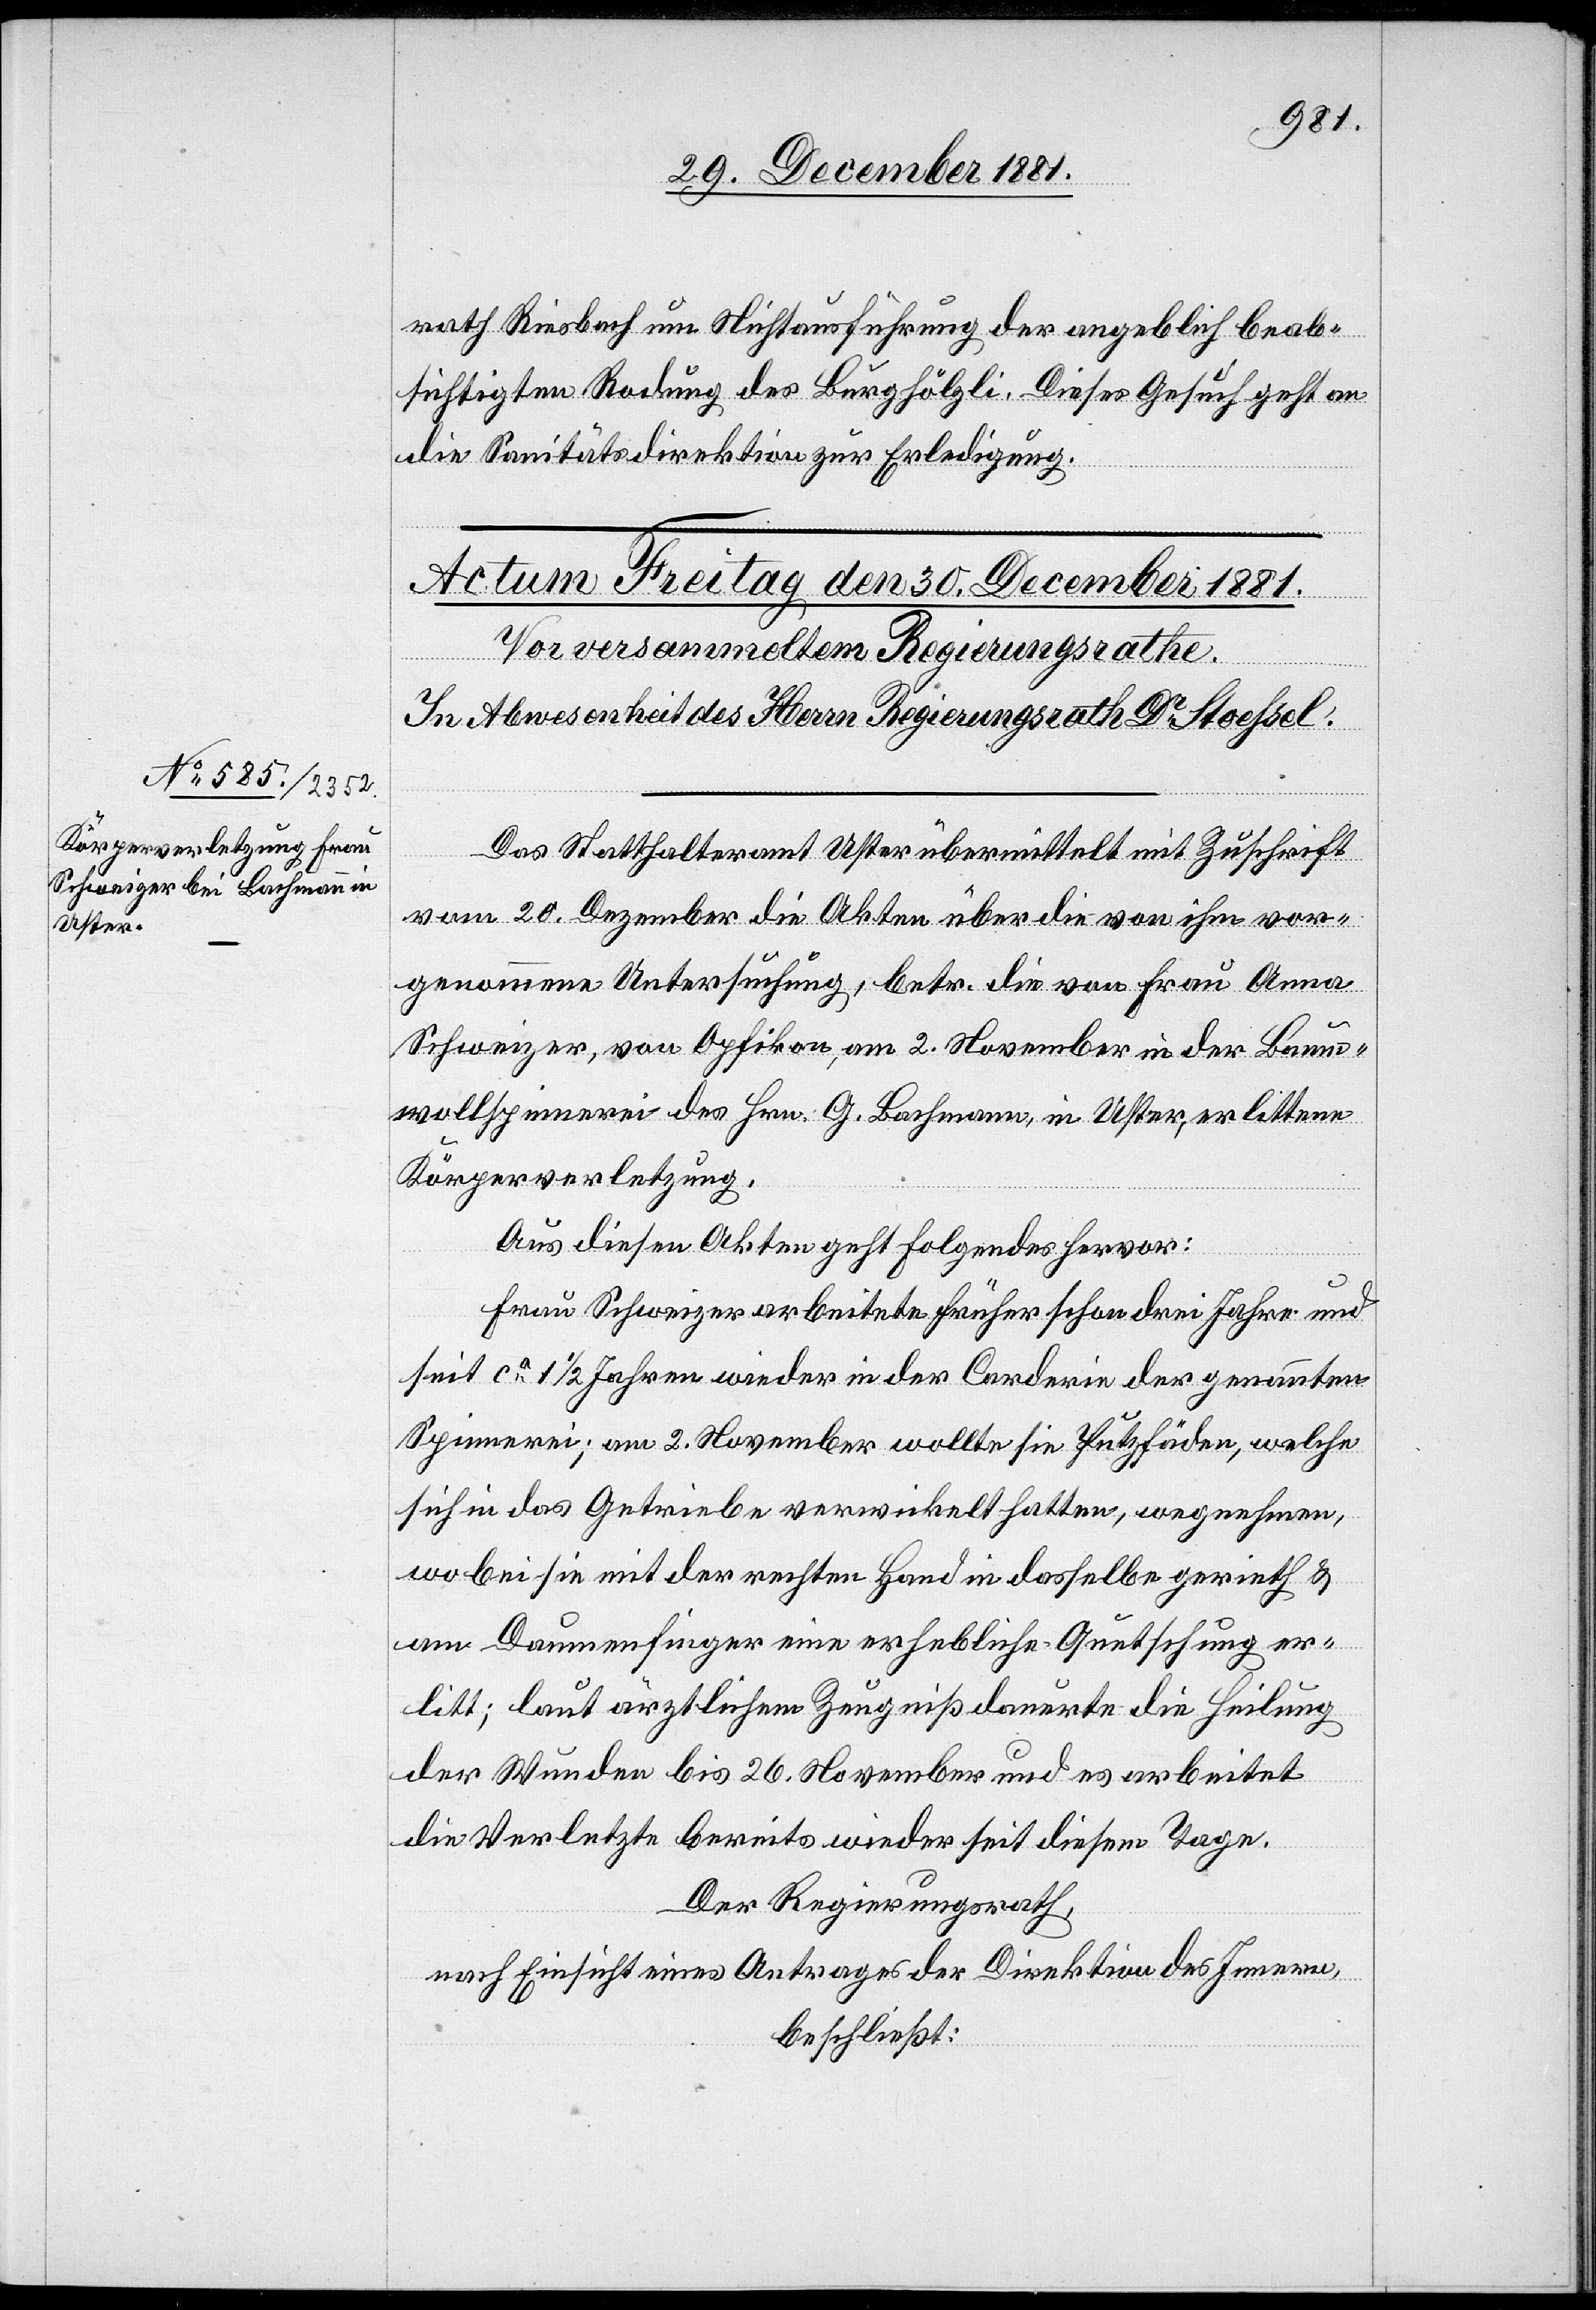
rath Riesbach um Nichtausführung der angeblich beab¬
sichtigten Rodung des Burghölzli. Dieses Gesuch geht an
die Sanitätsdirektion zur Erledigung.
Das Statthalteramt Uster übermittelt mit Zuschrift
vom 20. Dezember die Akten über die von ihm vor¬
genommene Untersuchung, betr. die von Frau Anna
Schweizer, von Opfikon, am 2. November in der Baum¬
wollspinnerei des Hrn. G. Lochmann, in Uster, erlittene
Körperverletzung.
Aus diesen Akten geht Folgendes hervor:
Frau Schweizer arbeitete früher schon drei Jahre und
seit ca 1 1/2 Jahren wieder in der Carderie der genannten
Spinnerei; am 2. November wollte sie Putzfäden, welche
sich in das Getriebe verwickelt hatten, wegnehmen,
wobei sie mit der rechten Hand in dasselbe gerieth &
am Damenfinger eine erheblich Quetschung er¬
litt; laut ärztlichem Zeugniß dauerte die Heilung
der Wunden bis 26. November und es arbeitet
die Verletzte bereits wieder seit diesem Tage.
Der Regierungsrath,
nach Einsicht eines Antrages der Direktion des Innern,
beschließt: